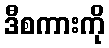
ဒီစကားကို